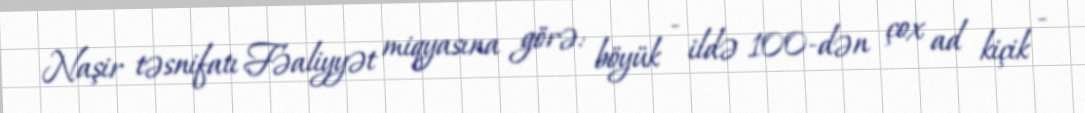
Naşir təsnifatı Fəaliyyət miqyasına görə: böyük - ildə 100-dən çox ad kiçik -